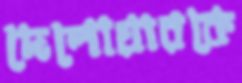
দেলোয়ারকে